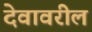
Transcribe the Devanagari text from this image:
देवावरील